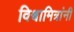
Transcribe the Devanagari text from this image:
विश्वामित्रांनी